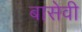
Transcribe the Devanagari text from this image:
बासेवी